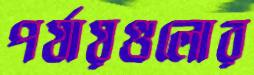
পর্যায়গুলোর